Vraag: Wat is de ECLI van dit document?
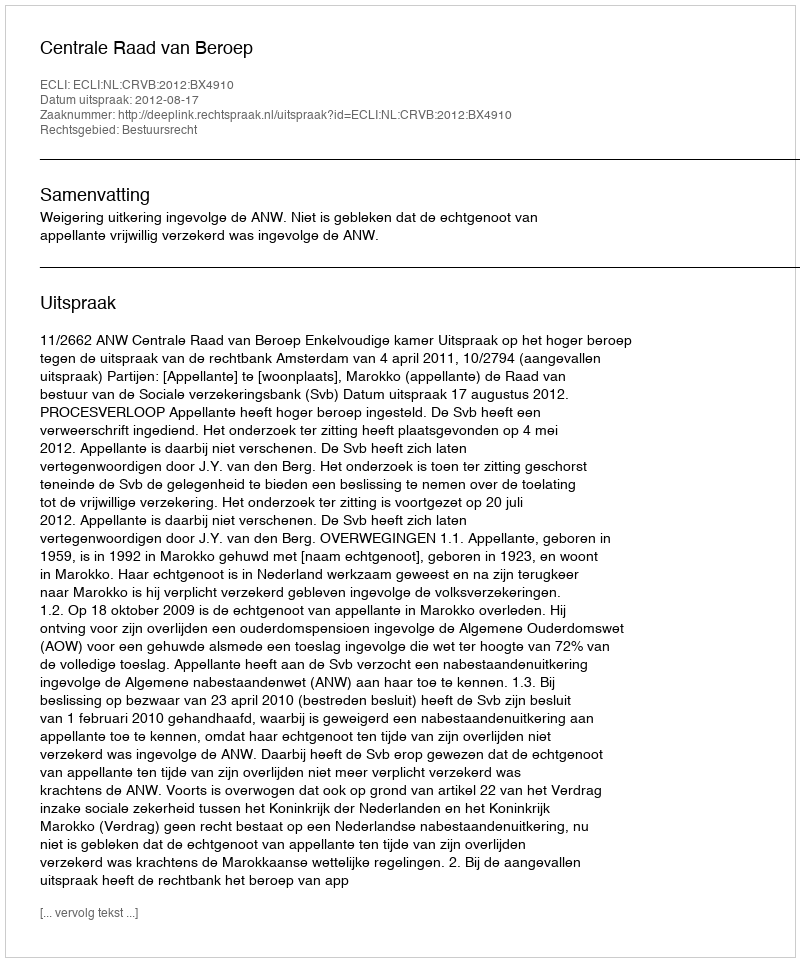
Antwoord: ECLI:NL:CRVB:2012:BX4910